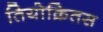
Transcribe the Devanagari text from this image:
तियोक्रितस